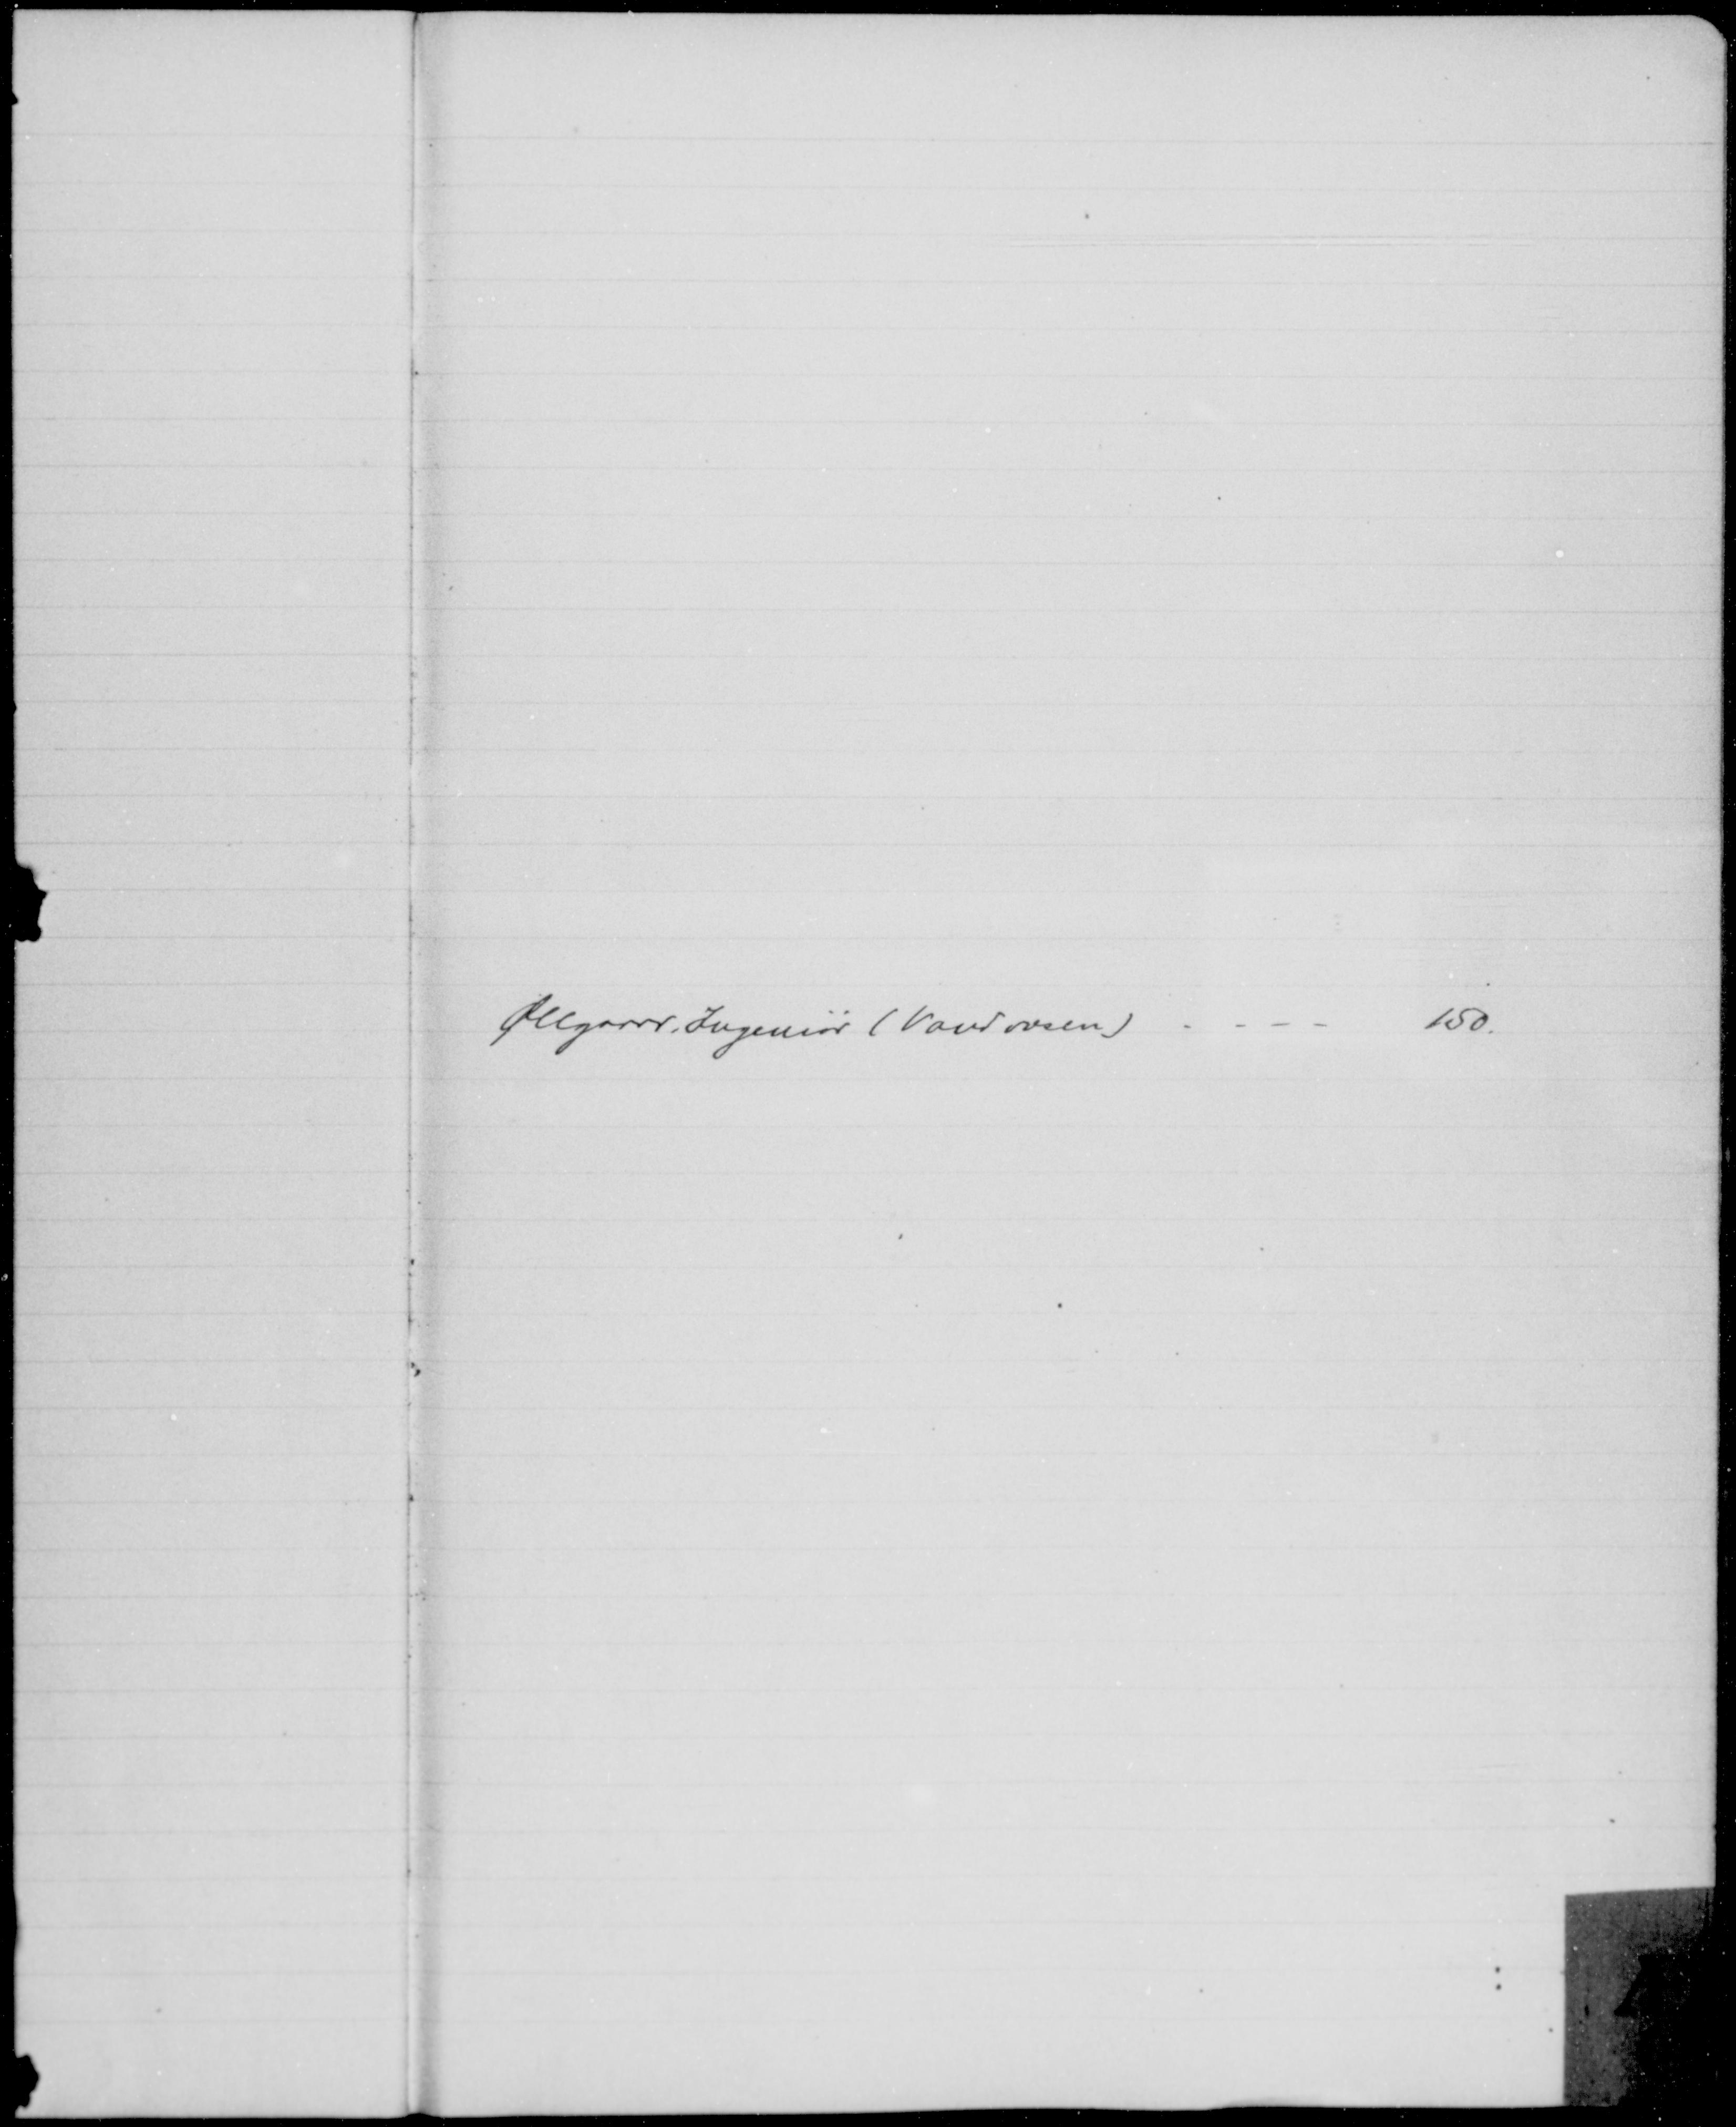
Transskription:
Øllgaard, Ingeniør (Vandvæsen)

150